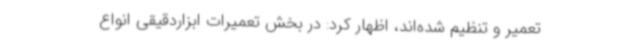
تعمیر و تنظیم شده‌اند، اظهار کرد: در بخش تعمیرات ابزاردقیقی انواع